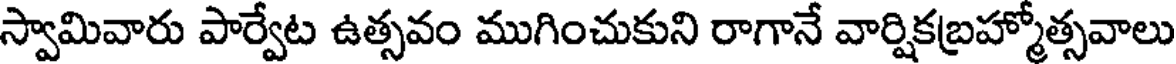
స్వామివారు పార్వేట ఉత్సవం ముగించుకుని రాగానే వార్షికబ్రహ్మోత్సవాలు